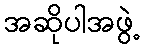
အဆိုပါအဖွဲ့